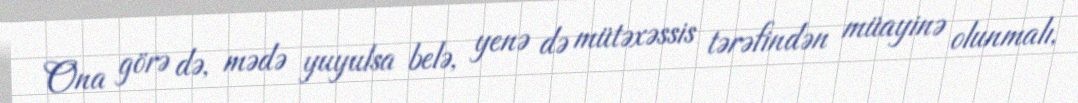
Ona görə də, mədə yuyulsa belə, yenə də mütəxəssis tərəfindən müayinə olunmalı,